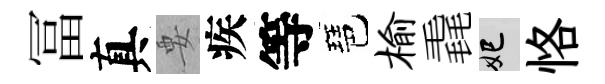
冨真要疾等琶榆毳妃恪